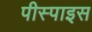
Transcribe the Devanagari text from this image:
पीस्पाइस